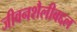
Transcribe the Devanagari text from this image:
जीवनशैलीबद्दल